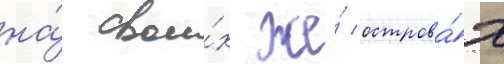
на́ свои́х же́ острова́х